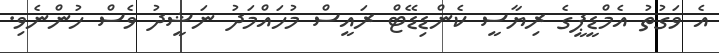
އެ ވަގުތު އެމްޑީޕީގެ ރިޔާސީ ކެންޑިޑޭޓް ރައީސް މުހައްމަދު ނަޝީދު ވެސް ހުންނެވި.